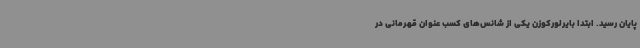
پایان رسید. ابتدا بایرلورکوزن یکی از شانس‌های کسب عنوان قهرمانی در